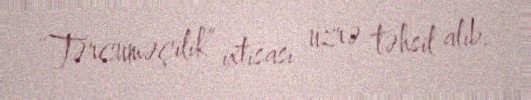
“Tərcüməçilik” ixtisası üzrə təhsil alıb.